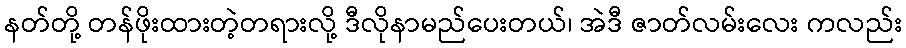
နတ်တို့ တန်ဖိုးထားတဲ့တရားလို့ ဒီလိုနာမည်ပေးတယ်၊ အဲဒီ ဇာတ်လမ်းလေး ကလည်း